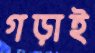
গড়াই